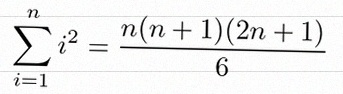
\sum_{i=1}^{n}i^2=\frac{n(n+1)(2n+1)}6